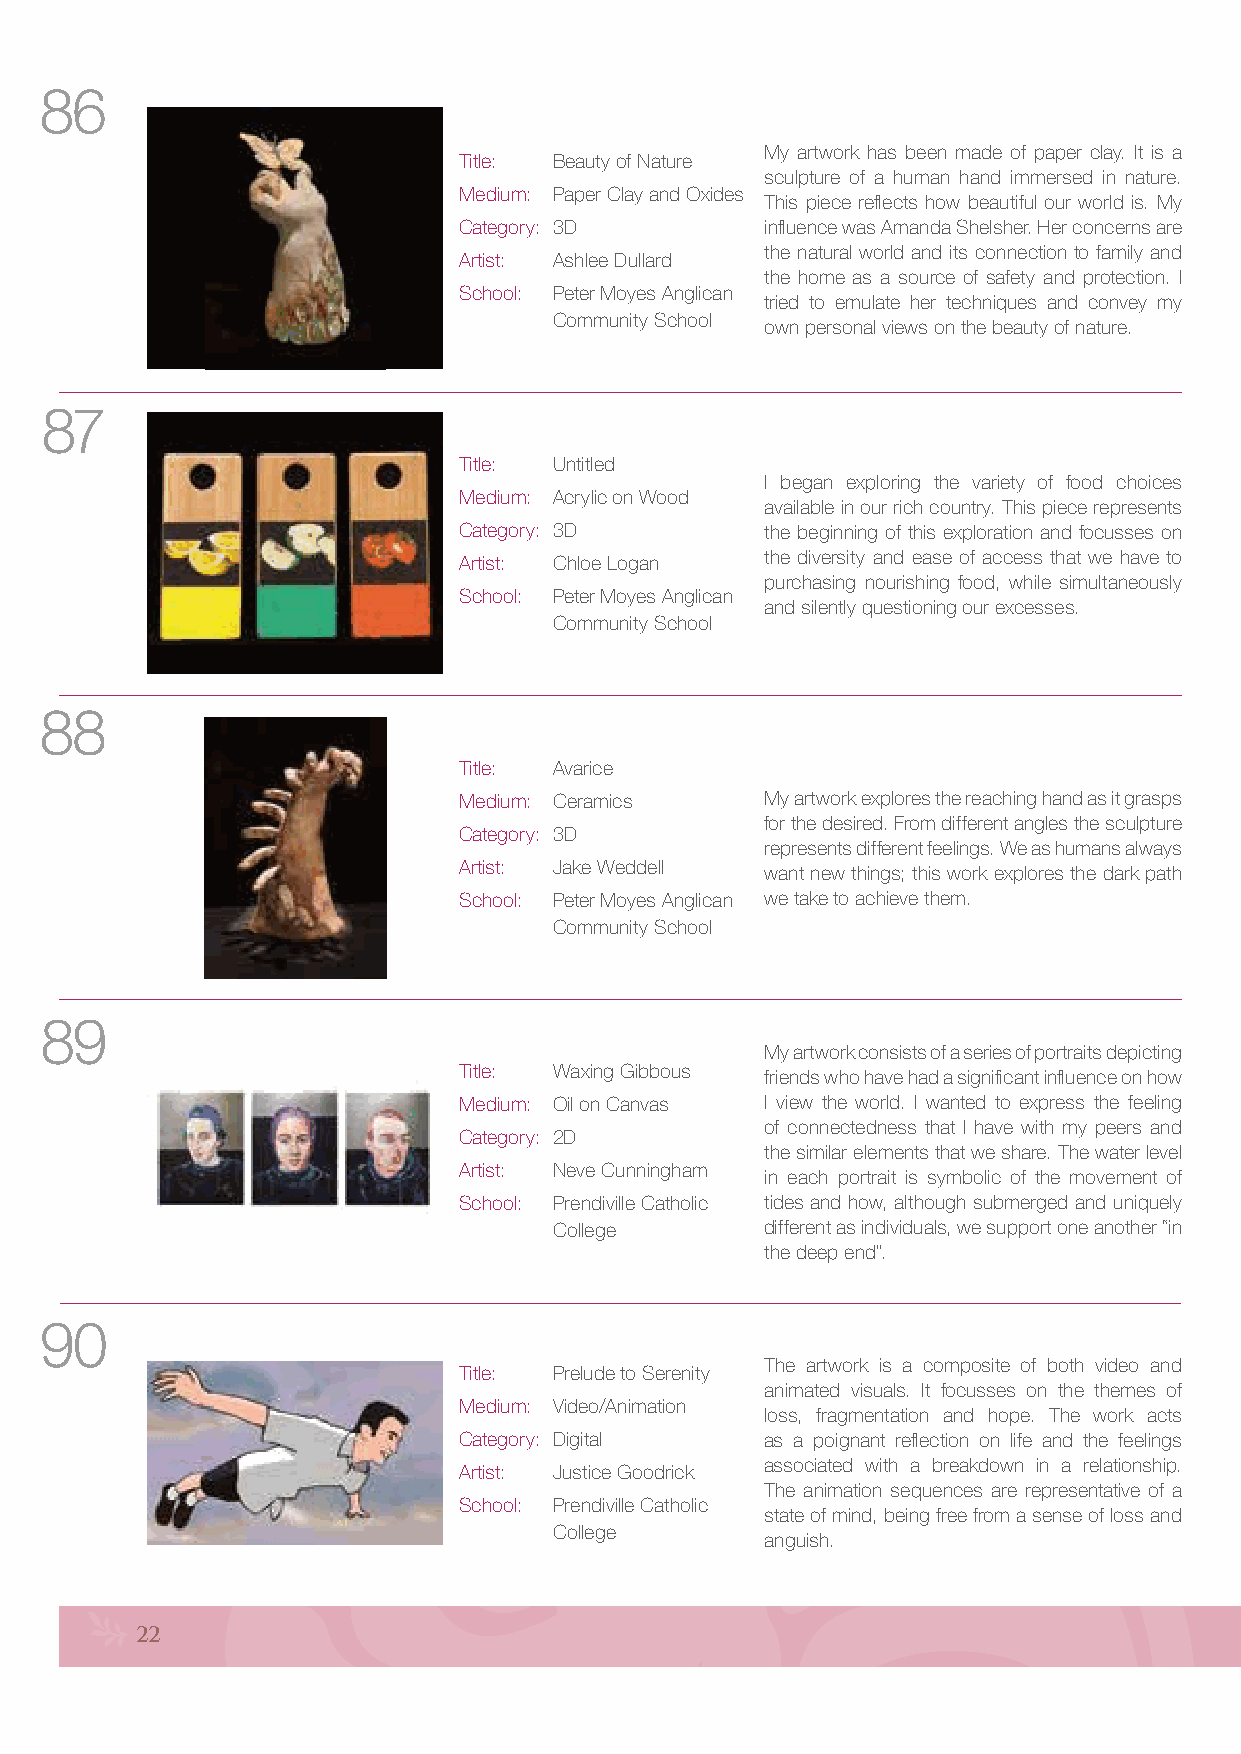
86
 My artwork has been made of paper clay. It is a
 Title: Beauty of Nature
 sculpture of a human hand immersed in nature.
 Medium: Paper Clay and Oxides
 This piece reflects how beautiful our world is. My
 Category: 3D         influence was Amanda Shelsher. Her concerns are
 the natural world and its connection to family and
 Artist: Ashlee Dullard
 the home as a source of safety and protection. I
 School: Peter Moyes Anglican
 tried to emulate her techniques and convey my
 Community School
 own personal views on the beauty of nature.
 87
 Title: Untitled
 I began exploring the variety of food choices
 Medium: Acrylic on Wood
 available in our rich country. This piece represents
 Category: 3D         the beginning of this exploration and focusses on
 the diversity and ease of access that we have to
 Artist: Chloe Logan
 purchasing nourishing food, while simultaneously
 School: Peter Moyes Anglican
 and silently questioning our excesses.
 Community School
 88
 Title: Avarice
 Medium: Ceramics     My artwork explores the reaching hand as it grasps
 for the desired. From different angles the sculpture
 Category: 3D
 represents different feelings. We as humans always
 Artist: Jake Weddell want new things; this work explores the dark path
 School: Peter Moyes Anglican we take to achieve them.
 Community School
 89
 My artwork consists of a series of portraits depicting
 Title: Waxing Gibbous friends who have had a significant influence on how
 Medium: Oil on Canvas I view the world. I wanted to express the feeling
 of connectedness that I have with my peers and
 Category: 2D
 the similar elements that we share. The water level
 Artist: Neve Cunningham
 in each portrait is symbolic of the movement of
 School: Prendiville Catholic tides and how, although submerged and uniquely
 College       different as individuals, we support one another “in
 the deep end”.
 90
 The artwork is a composite of both video and
 Title: Prelude to Serenity
 animated visuals. It focusses on the themes of
 Medium: Video/Animation
 loss, fragmentation and hope. The work acts
 Category: Digital    as a poignant reflection on life and the feelings
 associated with a breakdown in a relationship.
 Artist: Justice Goodrick
 The animation sequences are representative of a
 School: Prendiville Catholic
 state of mind, being free from a sense of loss and
 College
 anguish.
 22